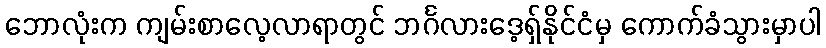
ဘောလုံးက ကျမ်းစာလေ့လာရာတွင် ဘင်္ဂလားဒေ့ရှ်နိုင်ငံမှ ကောက်ခံသွားမှာပါ